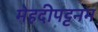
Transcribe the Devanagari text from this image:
मेहदीपट्टनम